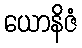
ယောနိဇံ